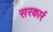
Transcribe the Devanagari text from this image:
सरकार्र